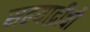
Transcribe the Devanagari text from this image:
सहयाद्रीची